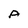
Character: A